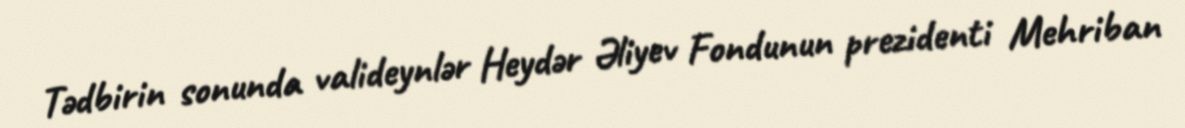
Tədbirin sonunda valideynlər Heydər Əliyev Fondunun prezidenti Mehriban